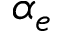
\alpha _ { e }